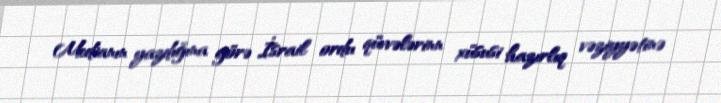
Medianın yazdığına görə İsrail ordu qüvvələrinn xüsusi hazırlıq vəziyyətinə